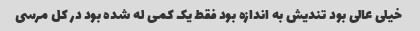
خیلی عالی بود تندیش به اندازه بود فقط یک کمی له شده بود در کل مرسی